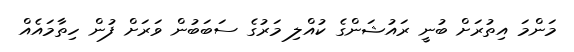
މަންމަ އިތުރަށް ބުނީ ރައުޝަންގެ ކުއްލި މަރުގެ ސަބަބުން ވަރަށް ފުން ހިތާމައެއް